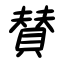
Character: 賛